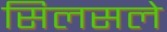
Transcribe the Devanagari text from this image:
सिलसले